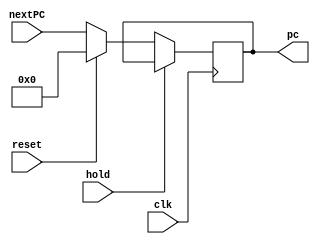
module PC(clk, reset, hold, nextPC, pc);

input [31:0] nextPC;
input clk, reset, hold;
output [31:0] pc;

always @(posedge clk) begin
    if (~hold) begin
        if(reset == 1'b1) pc <= 32'b0;
        else pc <= nextPC;
    end
end
endmodule